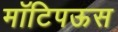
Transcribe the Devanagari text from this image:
मॉटिपऊस